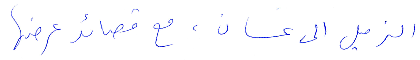
الزميل الى غسان، مع قصائد عرضها